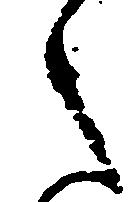
之